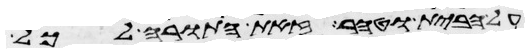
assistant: על הבית וטהר זאת התורה לכל